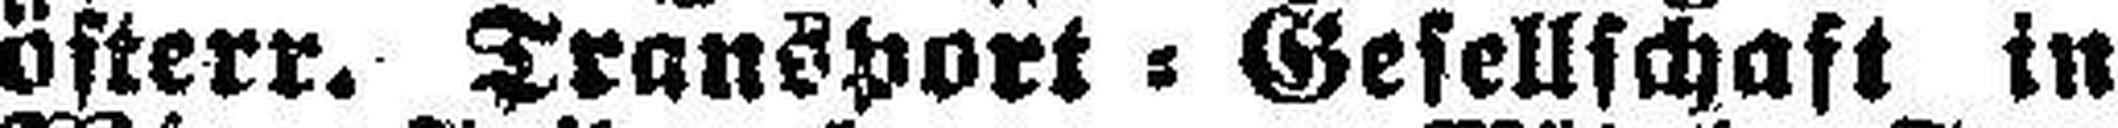
österr. Transport = Gesellschaft in